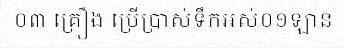
០៣ គ្រឿង ប្រើប្រាស់ទឹកអស់០១ឡាន